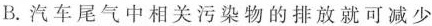
B.汽车尾气中相关污染物的排放就可减少